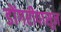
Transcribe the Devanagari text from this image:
डोंगरीपासून